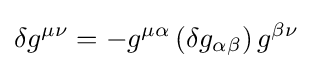
\delta g^{\mu \nu }=-g^{\mu \alpha }\left(\delta g_{\alpha \beta }\right)g^{\beta \nu }